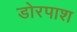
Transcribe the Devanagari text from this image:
डोरपाश